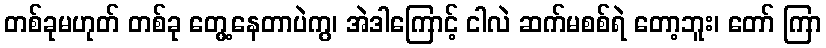
တစ်ခုမဟုတ် တစ်ခု တွေ့နေတာပဲကွ၊ အဲဒါကြောင့် ငါလဲ ဆက်မစစ်ရဲ တော့ဘူး၊ တော် ကြာ